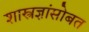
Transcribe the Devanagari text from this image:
शास्त्रज्ञांसोबत